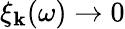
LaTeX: \xi_{\mathbf{k}}(\omega)\rightarrow 0